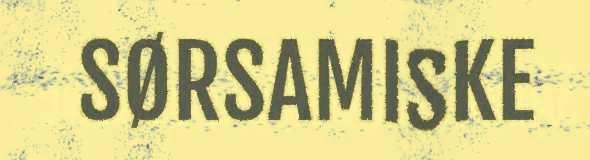
SØRSAMISKE